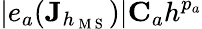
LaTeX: |e_{a}(\mathbf{J}_{h_{\mathrm{~M~S~}}})|\le C_{a}h^{p_{a}}